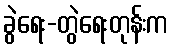
ခွဲရေး-တွဲရေးတုန်းက